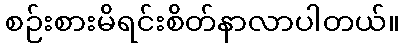
စဉ်းစားမိရင်းစိတ်နာလာပါတယ်။